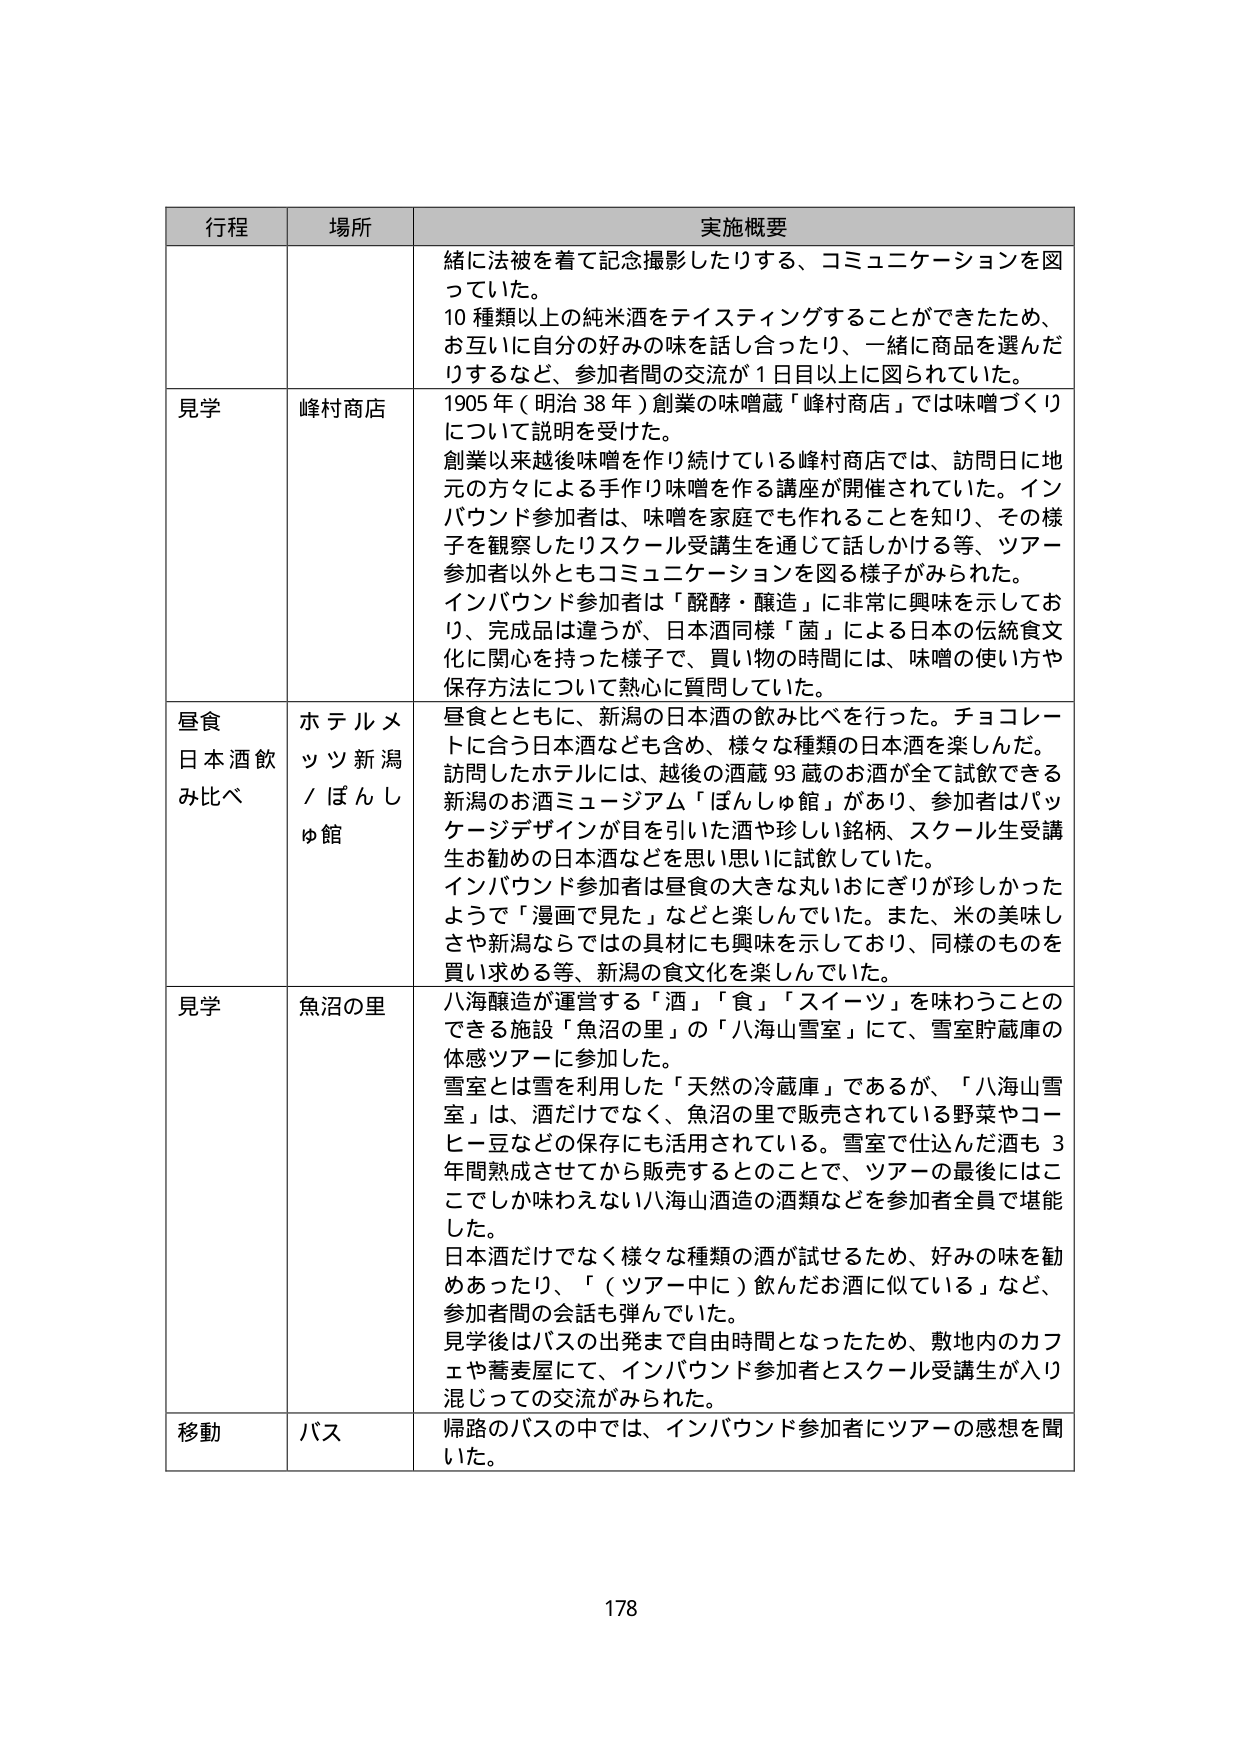
行程 場所 実施概要
緒に法被を着て記念撮影したりする、コミュニケーションを図っていた。
10種類以上の純米酒をテイスティングすることができたため、お互いに自分の好みの味を話し合ったり、一緒に商品を選んだりするなど、参加者間の交流が1日目以上に図られていた。
見学 峰村商店 1905年（明治38年）創業の味噌蔵「峰村商店」では味噌づくりについて説明を受けた。
創業以来越後味噌を作り続けている峰村商店では、訪問日に地元の方々による手作り味噌を作る講座が開催されていた。インバウンド参加者は、味噌を家庭でも作れることを知り、その様子を観察したりスクール受講生を通じて話しかける等、ツアー参加者以外ともコミュニケーションを図る様子がみられた。
インバウンド参加者は「醗酵・醸造」に非常に興味を示しており、完成品は違うが、日本酒同様「菌」による日本の伝統食文化に関心を持った様子で、買い物の時間には、味噌の使い方や保存方法について熱心に質問していた。
昼食 日本酒飲み比べ ホテルメッツ新潟／ぼんしゅ館 昼食とともに、新潟の日本酒の飲み比べを行った。チョコレートに合う日本酒なども含め、様々な種類の日本酒を楽しんだ。
訪問したホテルには、越後の酒蔵93蔵のお酒が全て試飲できる新潟のお酒ミュージアム「ぼんしゅ館」があり、参加者はパッケージデザインが目を引いた酒や珍しい銘柄、スクール生受講生お勧めの日本酒などを思い思いに試飲していた。
インバウンド参加者は昼食の大きな丸いおにぎりが珍しかったようで「漫画で見た」などと楽しんでいた。また、米の美味しさや新潟ならではの具材にも興味を示しており、同様のものを買い求める等、新潟の食文化を楽しんでいた。
見学 魚沼の里 八海醸造が運営する「酒」「食」「スイーツ」を味わうことのできる施設「魚沼の里」の「八海山雪室」にて、雪室貯蔵庫の体感ツアーに参加した。
雪室とは雪を利用した「天然の冷蔵庫」であるが、「八海山雪室」は、酒だけでなく、魚沼の里で販売されている野菜やコーヒー豆などの保存にも活用されている。雪室で仕込んだ酒も3年間熟成させてから販売するとのことで、ツアーの最後にはここでしか味わえない八海山酒造の酒類などを参加者全員で堪能した。
日本酒だけでなく様々な種類の酒が試せるため、好みの味を勧めあったり、「（ツアー中に）飲んだお酒に似ている」など、参加者間の会話も弾んでいた。
見学後はバスの出発まで自由時間となったため、敷地内のカフェや蕎麦屋にて、インバウンド参加者とスクール受講生が入り混じっての交流がみられた。
移動 バス 帰路のバスの中では、インバウンド参加者にツアーの感想を聞いた。
178